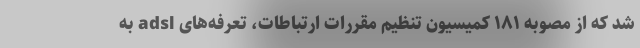
شد که از مصوبه ۱۸۱ کمیسیون تنظیم مقررات ارتباطات، تعرفه‌های adsl به